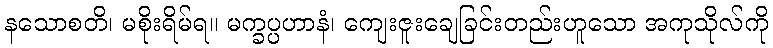
နသောစတိ၊ မစိုးရိမ်ရ။ မက္ခပ္ပဟာနံ၊ ကျေးဇူးချေခြင်းတည်းဟူသော အကုသိုလ်ကို